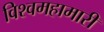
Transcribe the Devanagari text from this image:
विश्वमहामारी